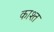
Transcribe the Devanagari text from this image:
काश्‍त